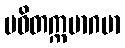
ပဝိတက္ကမာဂမာ